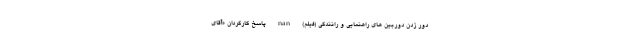
دور زدن دوربین های راهنمایی و رانندگی (فیلم) nan پاسخ کارگردان «آقای